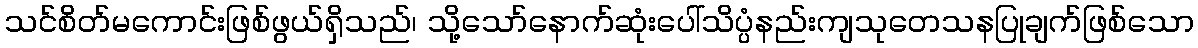
သင်စိတ်မကောင်းဖြစ်ဖွယ်ရှိသည်၊ သို့သော်နောက်ဆုံးပေါ်သိပ္ပံနည်းကျသုတေသနပြုချက်ဖြစ်သော